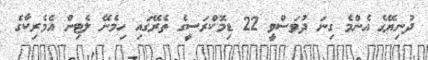
ދުނިޔޭގެ އެންމެ ގިނަ ދުވަސްވީ 22 ޑިމޮކްރަސީގެ ތެރޭގައި ހިމެނޭ ލެޓިން އެމެރިކާގެ